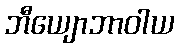
ဘီယျောဘာဝါယ